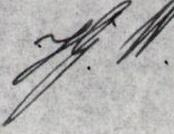
J.W.